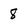
Character: 8